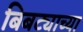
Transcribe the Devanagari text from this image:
बिबट्याच्या